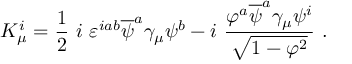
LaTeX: K _ { \mu } ^ { i } = \frac 1 2 ~ i ~ \varepsilon ^ { i a b } \overline { { { \psi } } } ^ { a } \gamma _ { \mu } \psi ^ { b } - i ~ { \frac { \varphi ^ { a } \overline { { { \psi } } } ^ { a } \gamma _ { \mu } \psi ^ { i } } { \sqrt { 1 - { \varphi } ^ { 2 } } } } ~ .